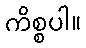
ကိစ္စပါ။